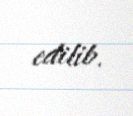
edilib.